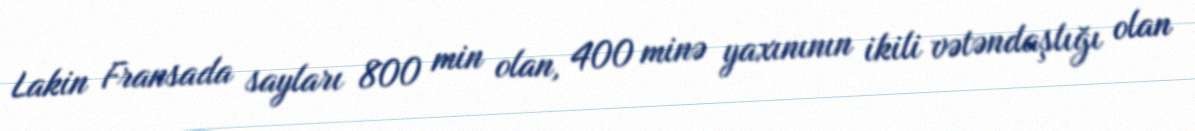
Lakin Fransada sayları 800 min olan, 400 minə yaxınının ikili vətəndaşlığı olan